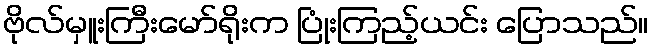
ဗိုလ်မှူးကြီးမော်ရိုးက ပြုံးကြည့်ယင်း ပြောသည်။